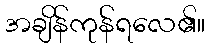
အချိန်ကုန်ရလေ၏။